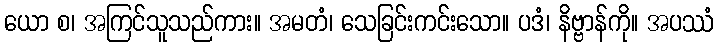
ယော စ၊ အကြင်သူသည်ကား။ အမတံ၊ သေခြင်းကင်းသော။ ပဒံ၊ နိဗ္ဗာန်ကို။ အပဿံ